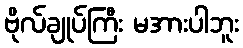
ဗိုလ်ချုပ်ကြီး မအားပါဘူး